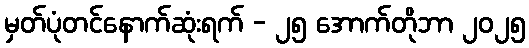
မှတ်ပုံတင်နောက်ဆုံးရက် - ၂၅ အောက်တိုဘာ ၂၀၂၅